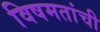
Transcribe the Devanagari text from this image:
विषमतांची